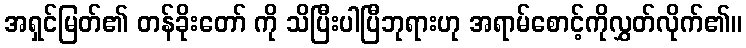
အရှင်မြတ်၏ တန်ခိုးတော် ကို သိပြီးပါပြီဘုရားဟု အရာမ်စောင့်ကိုလွှတ်လိုက်၏။